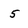
Character: 5